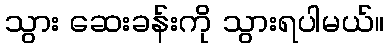
သွား ဆေးခန်းကို သွားရပါမယ်။